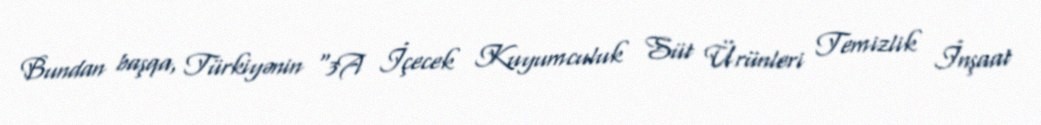
Bundan başqa, Türkiyənin "3A İçecek Kuyumculuk Süt Ürünleri Temizlik İnşaat